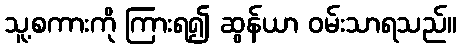
သူ့စကားကို ကြားရ၍ ဆွန်ယာ ဝမ်းသာရသည်။